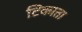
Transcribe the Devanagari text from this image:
टिकाता